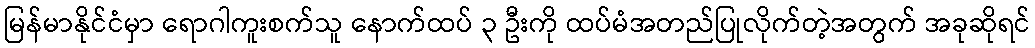
မြန်မာနိုင်ငံမှာ ရောဂါကူးစက်သူ နောက်ထပ် ၃ ဦးကို ထပ်မံအတည်ပြုလိုက်တဲ့အတွက် အခုဆိုရင်